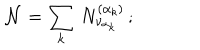
{ \cal N } = \sum _ { k } \, N _ { \nu _ { \alpha _ { k } } } ^ { ( \alpha _ { k } ) } \, ;